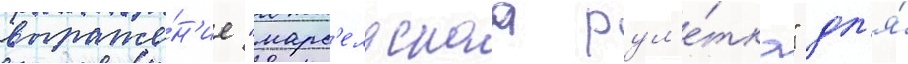
выраже́н'ие "марс'ельскаа рул'е́тка" дл'я́